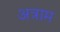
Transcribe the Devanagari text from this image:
अत्राम